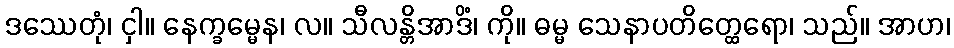
ဒဿေတုံ၊ ငှါ။ နေက္ခမ္မေန၊ လ။ သီလန္တိအာဒိံ၊ ကို။ ဓမ္မ သေနာပတိတ္ထေရော၊ သည်။ အာဟ၊